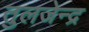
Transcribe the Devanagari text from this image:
तुलजेन्द्र